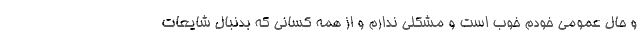
و حال عمومی خودم خوب است و مشکلی ندارم و از همه کسانی که بدنبال شایعات